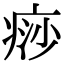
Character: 痧